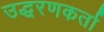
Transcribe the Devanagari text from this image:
उद्धरणकर्ता